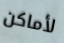
لأماكن